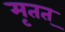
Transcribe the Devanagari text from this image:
मृतत्